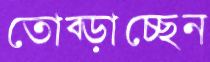
তোব্‌ড়াচ্ছেন